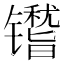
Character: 𬭿